Report on the working of the Ranchi Indian Mental Hospital, Kanke, in Bihar and Orissa - 1930-1940
Year: 1930
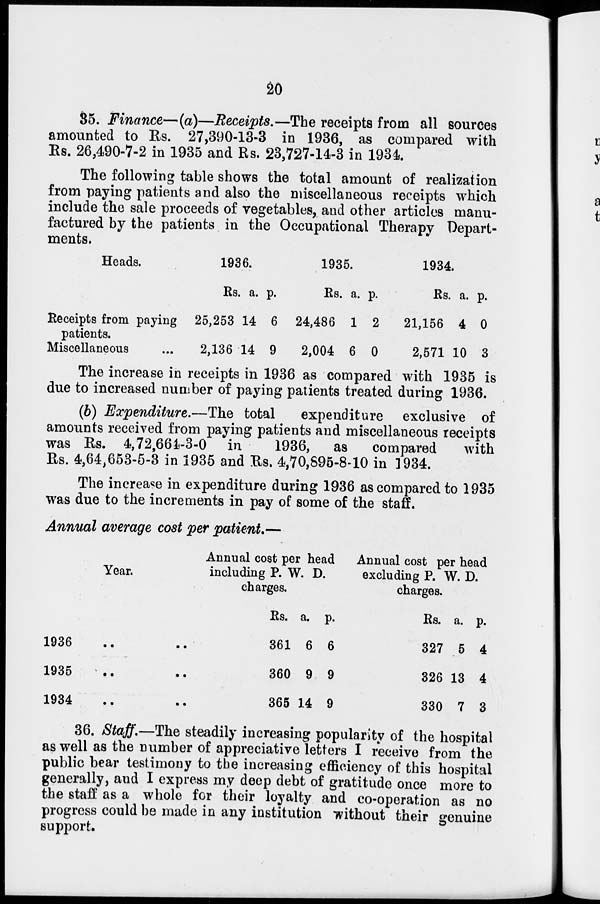
20
35. Finance—(a)—Receipts.—The receipts from all sources
amounted to Rs. 27,390-13-3 in 1936, as compared with
Rs. 26,490-7-2 in 1935 and Rs. 23,727-14-3 in 1934.
The following table shows the total amount of realization
from paying patients and also the miscellaneous receipts which
include the sale proceeds of vegetables, and other articles manu-
factured by the patients in the Occupational Therapy Depart-
ments.
Heads.
Receipts from paying
patients.
Miscellaneous ...
1936.
Rs.
25,253
2,136
a.
14
14
p.
6
9
1935.
Rs.
24,486
2,004
a.
1
6
p.
2
0
1934.
Rs.
21,156
2,571
a.
4
10
p.
0
3
The increase in receipts in 1936 as compared with 1935 is
due to increased number of paying patients treated during 1936.
(b) Expenditure.—The total
expenditure exclusive of
amounts received from paying patients and miscellaneous receipts
was Rs. 4,72,664-3-0 in
1936, as
compared
with
Rs. 4,64,653-5-3 in 1935 and Rs. 4,70,895-8-10 in 1934.
The increase in expenditure during 1936 as compared to 1935
was due to the increments in pay of some of the staff.
Annual average cost per patient.—
Year.
1936 .. ..
1935 .. ..
1934 .. ..
Annual cost per head
including P. W. D.
charges.
Rs.
361
360
365
a.
6
9
14
p.
6
9
9
Annual cost per head
excluding P. W. D.
charges.
Rs.
327
326
330
a.
5
13
7
p.
4
4
3
36. Staff.—The steadily increasing popularity of the hospital
as well as the number of appreciative letters I receive from the
public bear testimony to the increasing efficiency of this hospital
generally, and I express my deep debt of gratitude once more to
the staff as a whole for their loyalty and co-operation as no
progress could be made in any institution without their genuine
support.